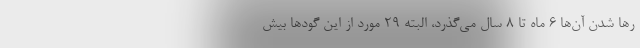
رها شدن آن‌ها ۶ ماه تا ۸ سال می‌گذرد، البته ۲۹ مورد از این گودها بیش